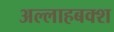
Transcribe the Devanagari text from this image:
अल्लाहबक्श